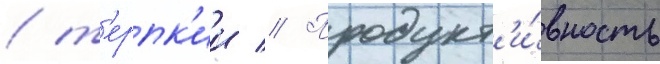
/ т'ерпк'ии // Продукт'и́вность